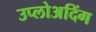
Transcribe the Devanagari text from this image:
उप्लोअदिंग